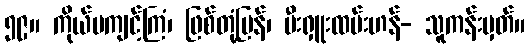
၅၉။ ကိုယ်မကျင့်ကြံ၊ ဖြစ်တုံ့ပြန်၊ မီးရှူးထမ်းဟန်- သူကန်းမှတ်။